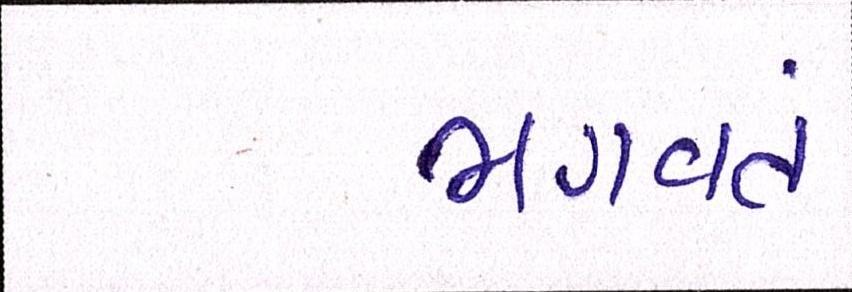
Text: ભગવતં